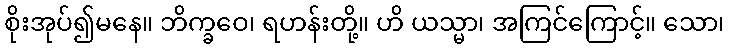
စိုးအုပ်၍မနေ။ ဘိက္ခဝေ၊ ရဟန်းတို့။ ဟိ ယသ္မာ၊ အကြင်ကြောင့်။ သော၊